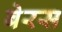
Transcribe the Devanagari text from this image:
बेरस